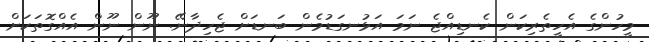
މީހުންގެ އެހީތެރިކަން ކެނޑިއްޖެ ނަމަ އަޅުނގަޑުމެން ބަނޑަށް ޖެހިދާނޭ. ނޫން ނޫން އެއްގޮތަކަށް